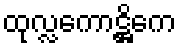
ထုလ္လကောဋ္ဌိကေ